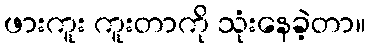
ဖားကူး ကူးတာကို သုံးနေခဲ့တာ။